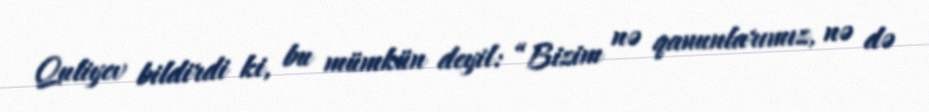
Quliyev bildirdi ki, bu mümkün deyil: “Bizim nə qanunlarımız, nə də